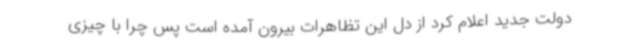
دولت جدید اعلام کرد از دل این تظاهرات بیرون آمده است پس چرا با چیزی